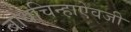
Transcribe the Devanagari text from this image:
बोधचिन्हाऐवजी